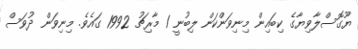
ޔޫގޮސްލާވިޔާގެ ކިބައިން މިނިވަންކަން ލިބުނީ 1 މާރިޗު 1992 ގައެވެ. މިނިވަން ދުވަސް